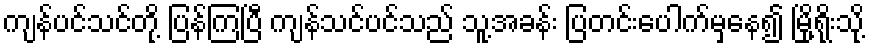
ကျန်ပင်သင်တို့ ပြန်ကြပြီ ကျန်သင်ပင်သည် သူ့အခန်း ပြတင်းပေါက်မှနေ၍ မြို့ရိုးသို့